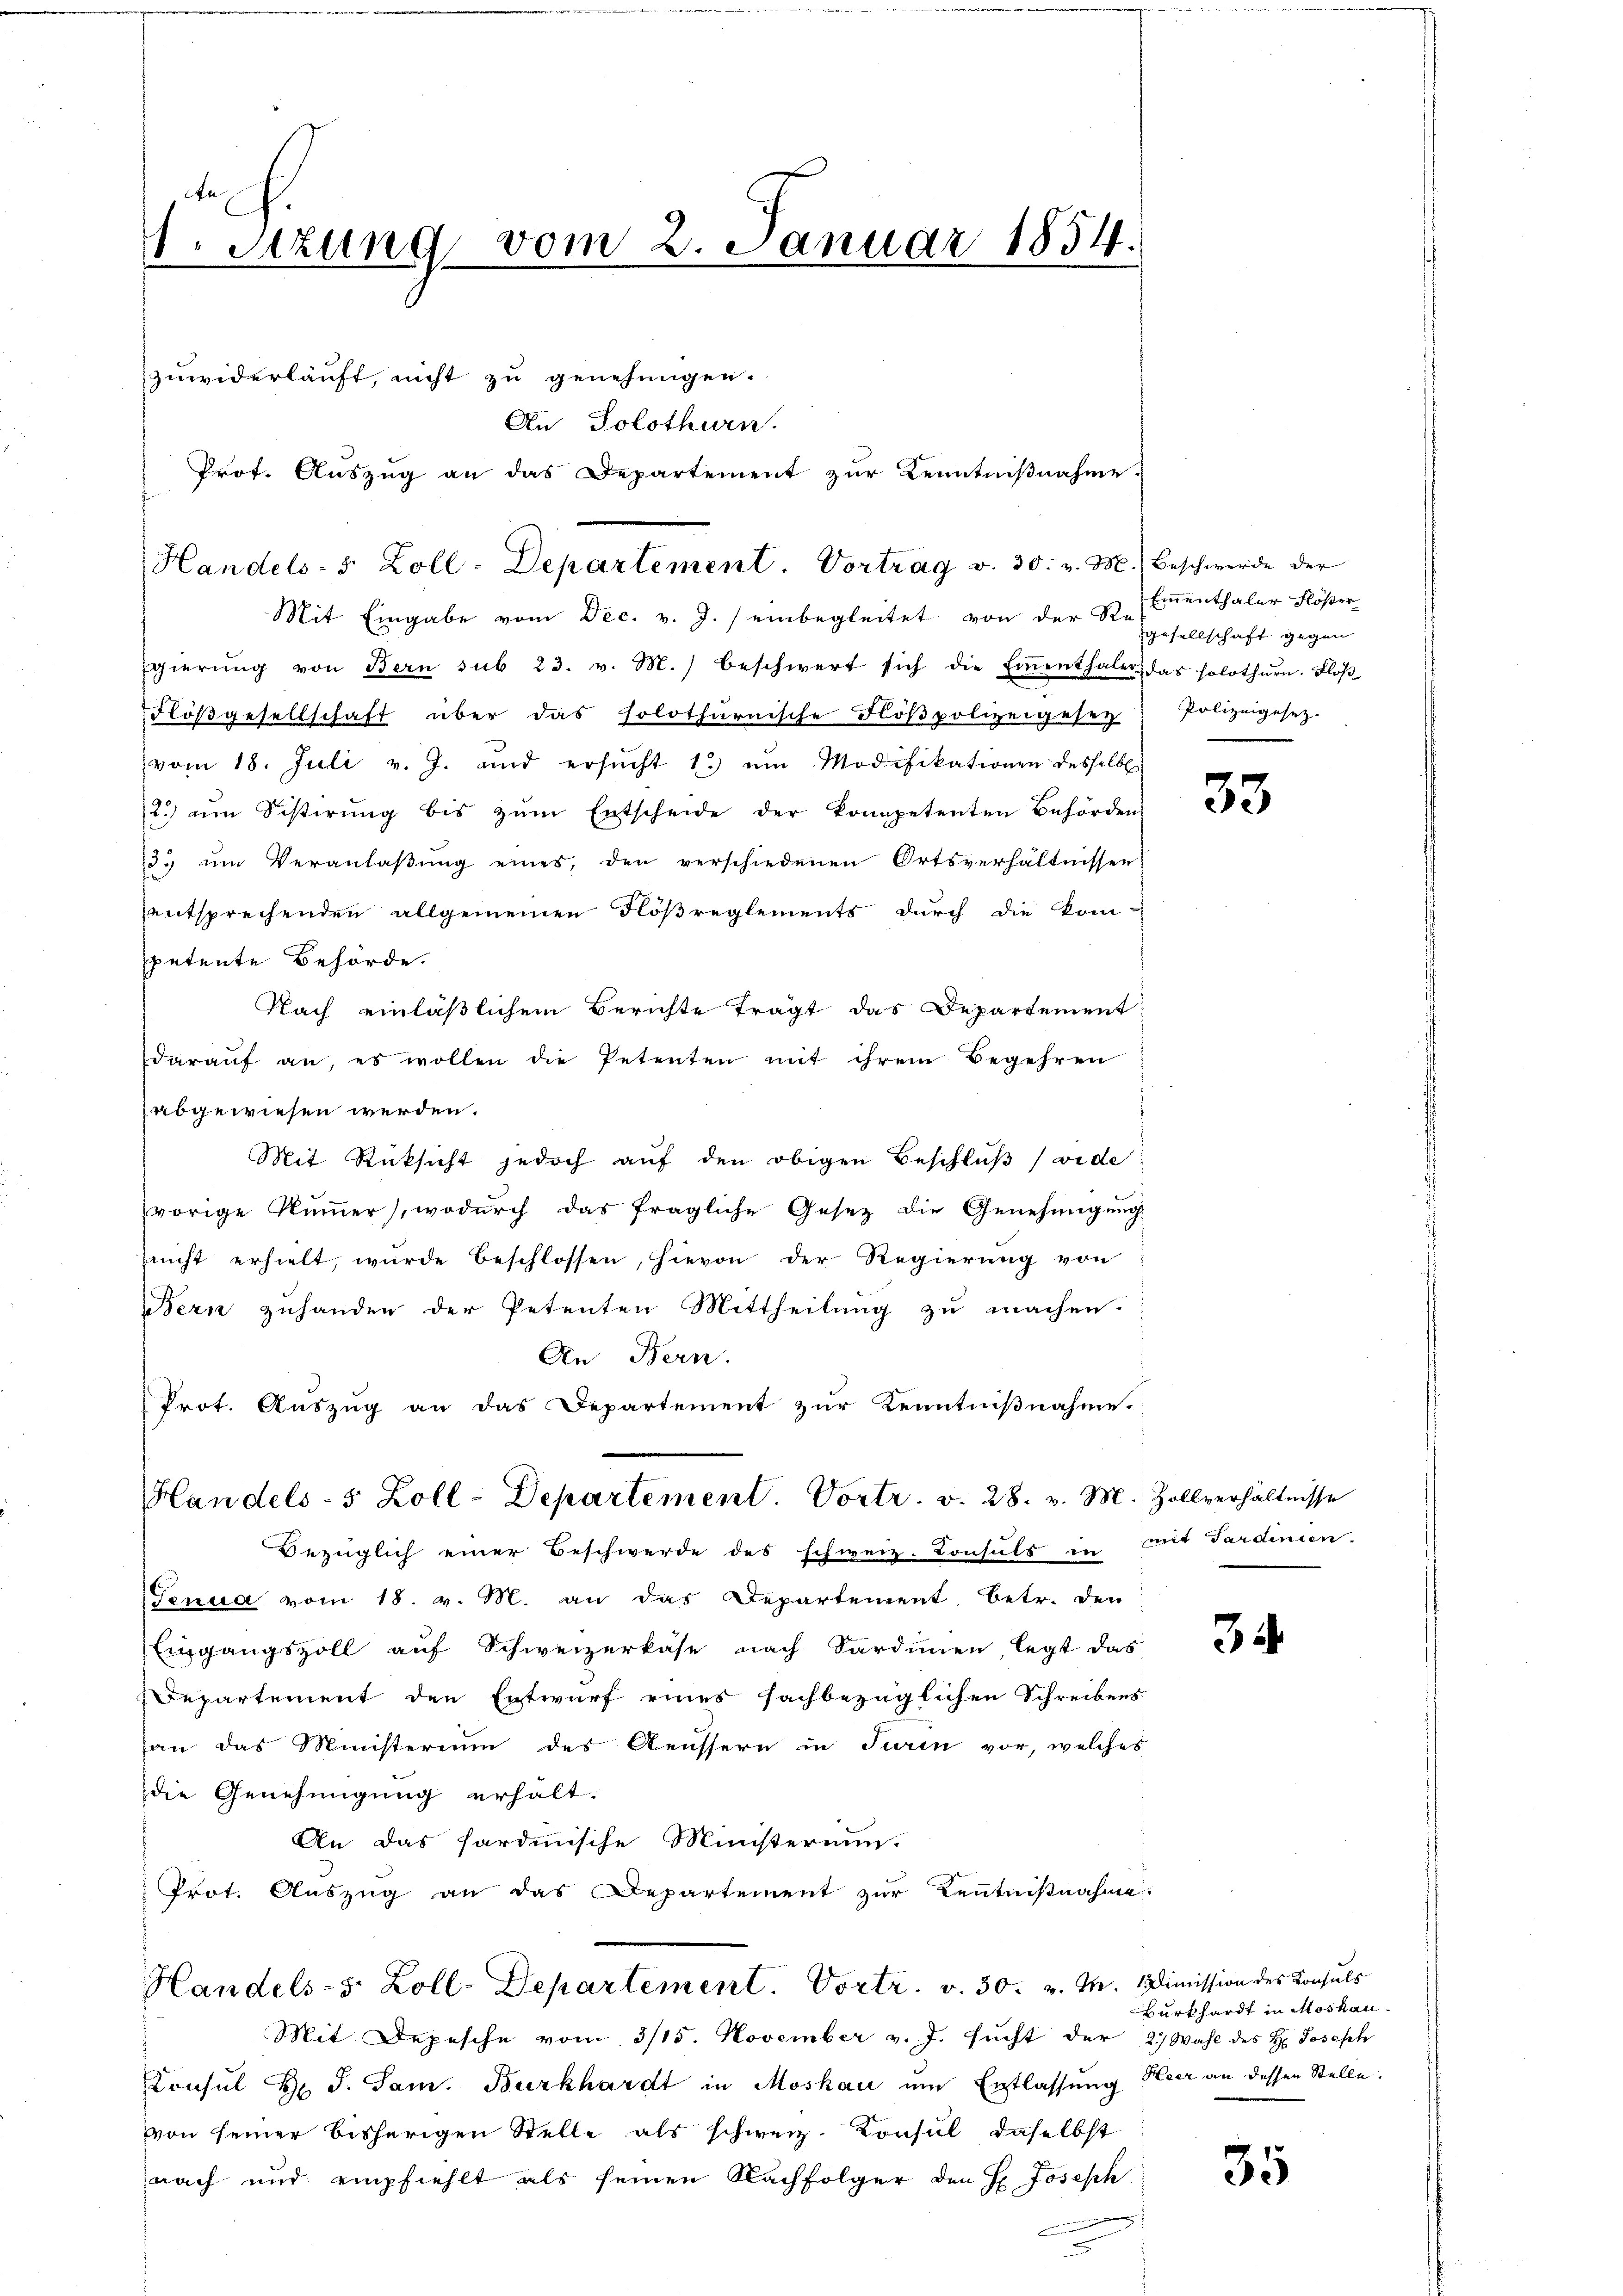
Handels- 5 Zoll-Departement. Vortrag v. 30. v. M. Beschwerde der

e
1. Sizung vom 2. Januar 1854.
s
zuwiderläuft, nicht zu genehmigen.
An Solothurn.
Prof. Auszug an das Departement zur Kenntnißnahme.

Mit Eingabe vom Dec. v. J. / einbegleitet von der Re
Egierŭng von Bern sub 23. v. M. beschwert sich die Einenthaler, das solothŭrn. Floβ
Flößgesellschaft über das solothurnische Floβpolizeigesen Polizeigesetz.
vom 18. Juli v. J. und ersŭcht 1.) um Modifikationen desselb
2.) an Sistirung bis zŭm Entscheide der kompetenten Behörden
3. um Veranlaßung eines, den verschiedenen Ortsverhältnissen
entsprechenden allgemeinen Flößreglements durch die kompetente Behörde.
Nach einläßlichem Berichte trägt das Departement
darauf an, es wollen die Petenten mit ihrem Begehren
abgewiesen werden.
Mit Rücksicht jedoch auf den obigen Beschluß (vide
vorige Nummer), wodurch das fragliche Gesetz die Genehmigung
sucht erhielt, wurde beschlossen, hievon der Regierŭng von
Bern zuhanden der Petenten Mittheilung zu machen.
An Bern.
Prot. Auszug an das Departement zur Kenntnißnahme.
Handels- 5 Zoll-Departement. Vortr. v. 28. v. M. Zollverhältnisse
Bezüglich einer Beschwerde des schweiz. Consuls in mit Sardinien,
Tenua vom 18. v. M. an das Departement, betr. den
Eingangszoll auf Schweizerkäse nach Sardinien legt das
Departement den Entwurf eines sachbezüglichen Schreibens
an das Ministerium des Aeussern in Turin vor, welches
die Genehmigung erhält.
An das Sardinische Ministerium.
Prot. Auszug an das Departement zur Kenntnißnahme.
Handels-S. Zoll-Departement. Vortr. v. 30. v. M. Dimission des Konsuls
Mit Depesche vom 3/15. November v. J. sucht der 2) Wahl des H. Joseph
Konsul Dr. J. Jan. Burkhardt in Moskau am Entlassung Heer an dessen Stelle.
von seiner bisherigen Stelle als schweiz. Konsul, daselbst
nach und empfiehlt als seinen Nachfolger den H. Joseph

Emnenthaler Flößer
gesellschaft gegen

33

3

Burkhardt in Moskau

35